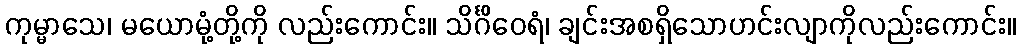
ကုမ္မာသေ၊ မယောမုံ့တို့ကို လည်းကောင်း။ သိင်္ဂိဝေရံ၊ ချင်းအစရှိသောဟင်းလျာကိုလည်းကောင်း။